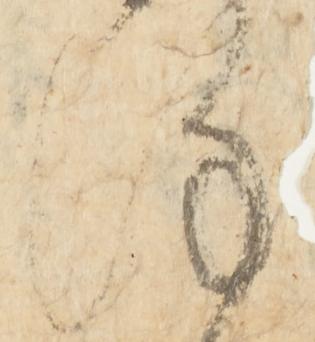
謹